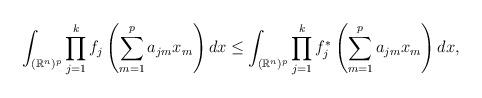
LaTeX: \begin{align*}\int_{(\mathbb{R}^n)^p}\prod_{j=1}^{k}f_j\left(\sum_{m=1}^{p}a_{jm}x_m\right)dx\leq\int_{(\mathbb{R}^n)^p}\prod_{j=1}^{k}f^*_j\left(\sum_{m=1}^{p}a_{jm}x_m\right)dx,\end{align*}